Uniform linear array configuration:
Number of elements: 64
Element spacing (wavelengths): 0.25
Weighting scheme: hann
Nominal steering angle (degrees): -60
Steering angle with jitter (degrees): -61.489
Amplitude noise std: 0.05
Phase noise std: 0.05

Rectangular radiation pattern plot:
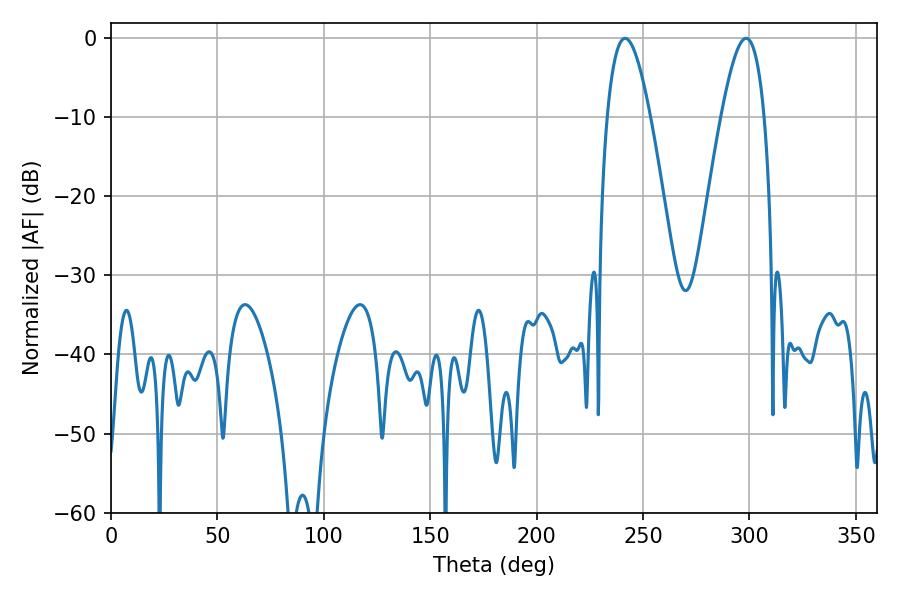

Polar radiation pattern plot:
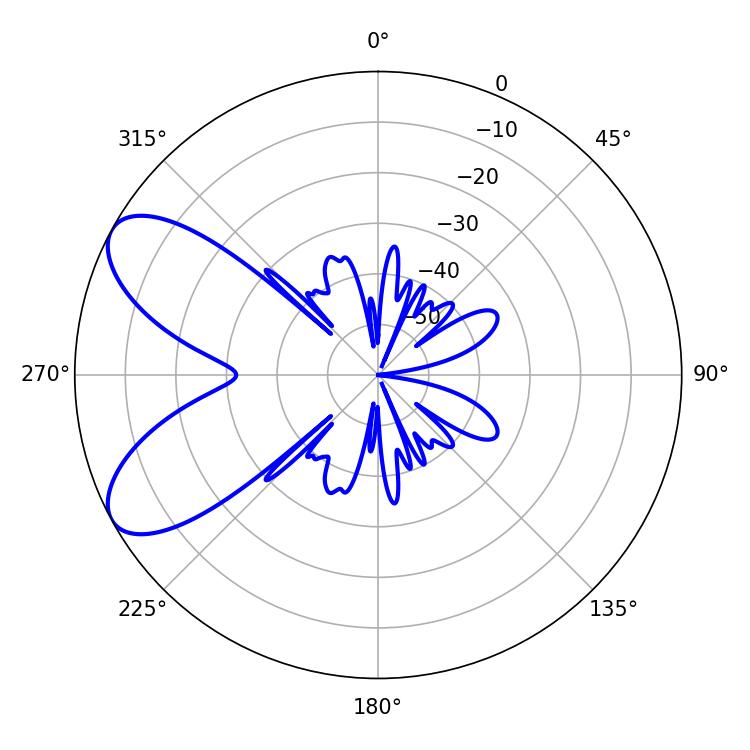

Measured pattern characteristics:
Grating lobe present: FALSE
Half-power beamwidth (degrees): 10.98
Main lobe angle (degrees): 241.56